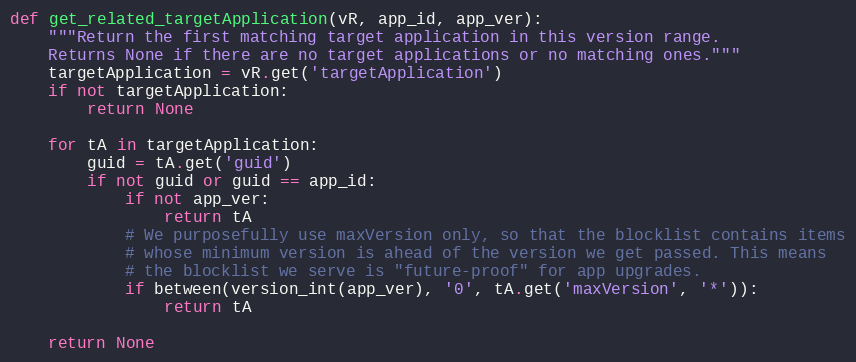
Language: Python
def get_related_targetApplication(vR, app_id, app_ver):
    """Return the first matching target application in this version range.
    Returns None if there are no target applications or no matching ones."""
    targetApplication = vR.get('targetApplication')
    if not targetApplication:
        return None

    for tA in targetApplication:
        guid = tA.get('guid')
        if not guid or guid == app_id:
            if not app_ver:
                return tA
            # We purposefully use maxVersion only, so that the blocklist contains items
            # whose minimum version is ahead of the version we get passed. This means
            # the blocklist we serve is "future-proof" for app upgrades.
            if between(version_int(app_ver), '0', tA.get('maxVersion', '*')):
                return tA

    return None